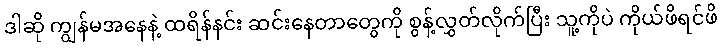
ဒါဆို ကျွန်မအနေနဲ့ ထရိန်နင်း ဆင်းနေတာတွေကို စွန့်လွှတ်လိုက်ပြီး သူ့ကိုပဲ ကိုယ်ဖိရင်ဖိ